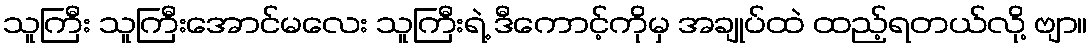
သူကြီး သူကြီးအောင်မလေး သူကြီးရဲ့ ဒီကောင့်ကိုမှ အချုပ်ထဲ ထည့်ရတယ်လို့ ဗျာ။